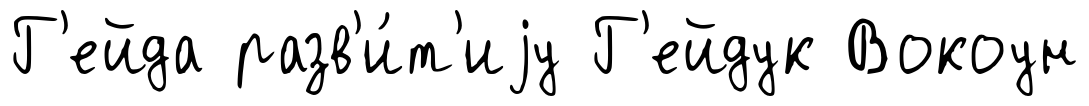
Г'ейда разв'и́т'иjу Г'ейдук Вокоун